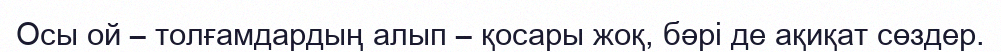
Осы ой – толғамдардың алып – қосары жоқ, бәрі де ақиқат сөздер.